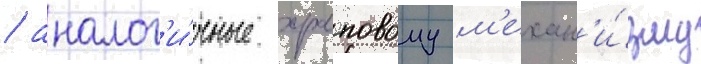
/ аналог'и́чные храповому м'ехан'и́зму